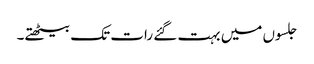
جلسوں میں بہت گئے رات تک بیٹھتے۔